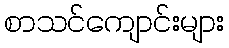
စာသင်ကျောင်းများ